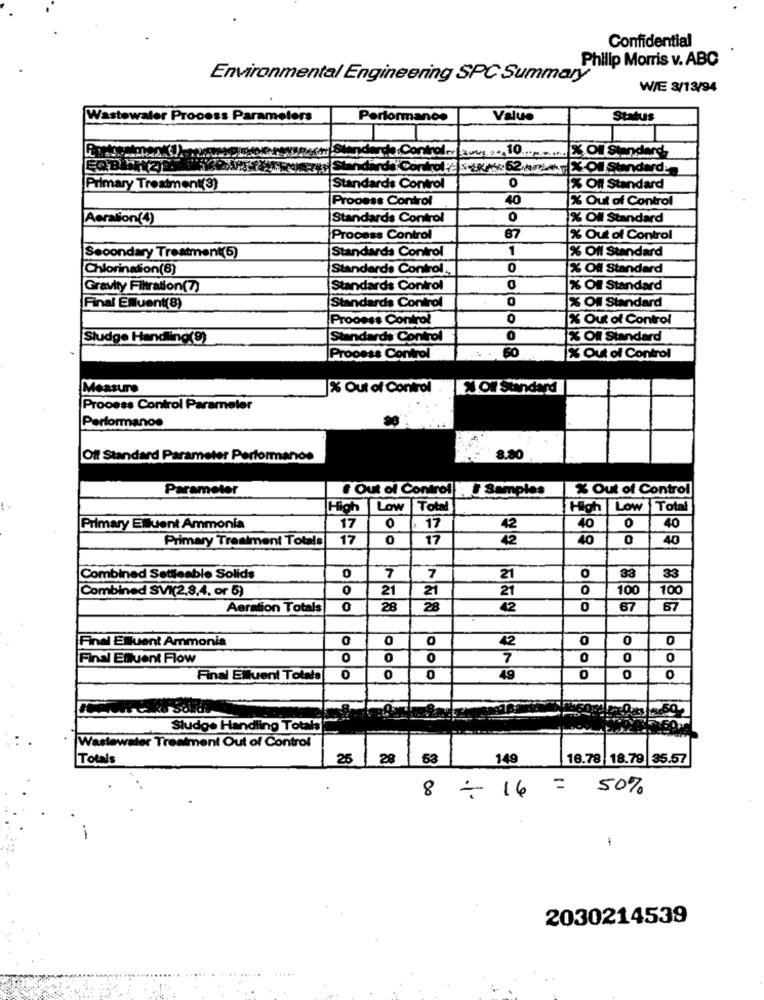
Confidential
Philip Morris v. ABC
Environmental Engineering SPC Summary
WIE 3/13/94
Wastewater Process Parameters
Performance
Value
Status
EX ON Standard
Standards Controlit seks: 62 km ... |% Of Standard:
Primary Treatment(3)
Standards Control
0
% Off Standard
Process Control
40
% Out of Control
Aeration(4)
Standards Control
0
% Off Standard
Process Control
67
% Out of Control
1
Secondary Treatment(5)
Standards Control
% Off Standard
Chlorination(6)
Standards Control .,
0
X Of Standard
Gravity Filtration(7)
Standards Control
% Of Standard
Final Emuent(8)
Standards Control
% Of Standard
Process Control
0
X Out of Control
Sludge Handling(9)
Standards Control
0
X Of Standard
60
Process Control
X Out of Control
Measure
% Out of Control . | Oll Standard
Process Control Parameler
Performance
Oft Standard Parameter Performance
8.80
Parameter
Out of Control ), . Samples
% Out of Control
High Low Total
High Low Total
Primary Elluent Ammonia
17
0
17
42
40
0
40
Primary Treatment Totale
17
0
17
42
40
0
40
Combined Setteable Solids
0
7
21
0
33
33
Combined SVI(2,8,4, or 5)
0
21
21
21
0
100
100
Aeration Totals
0
28
28
42
0
67
67
Final Esuent Ammonia
0
O
0
42
0
0
0
Final Effluent Flow
0
0
0
7
0
0
0
Final EMluent Totals
0
0
0
49
0
0
0
Sludge Handling Totals
Wastewater Treatment Out of Control
Totals
25 28
53
149
16.78 18.79 35.57
8 - 14 = 50%
-
2030214539
.... .
. .....
.....